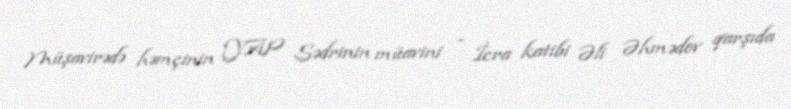
Müşavirədə həmçinin YAP Sədrinin müavini - İcra katibi Əli Əhmədov qarşıda